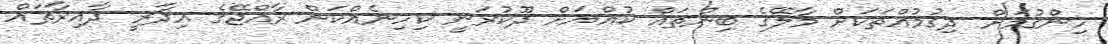
ހިންގުމަށް ދިގުމުއްތަކަށް މާލޭގެ ބިންތައް ކުއްޔަށް ދޫކުރަނީ ކިހިނެއްކަން ރާއްޖޭގެ އިދާރީ ދާއިރާތައް